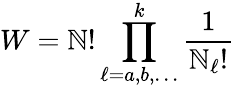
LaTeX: W=\mathbb{N}!\prod_{\ell=a,b,\ldots}^{k}{\frac{{1}}{{\mathbb{N}_{\ell}!}}}